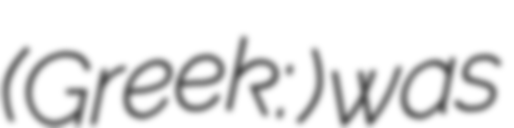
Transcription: (Greek: Γιώργος Κατακουζηνός) was